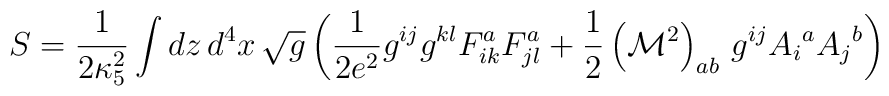
S = \frac{1}{2\kappa_5^2} \int dz\,d^4x \,\sqrt{g}\left(\frac{1}{2e^2} g^{ij}g^{kl}F_{ik}^a F_{jl}^a+\frac{1}{2}\left({\cal M}^2\right)_{ab}\,g^{ij}A_i{}^a A_j{}^b\right)